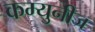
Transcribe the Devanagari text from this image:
कम्युनीज